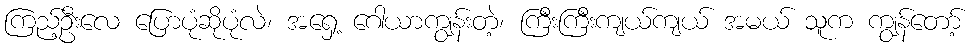
ကြည့်ဦးလေ ပြောပုံဆိုပုံလဲ၊ အရှေ့ ဂေါယာကျွန်းတဲ့၊ ကြီးကြီးကျယ်ကျယ် အမယ် သူက ကျွန်တော့်